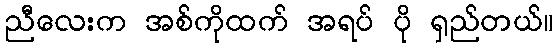
ညီလေးက အစ်ကိုထက် အရပ် ပို ရှည်တယ်။